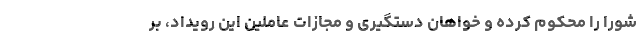
شورا را محکوم کرده و خواهان دستگیری و مجازات عاملین این رویداد، بر